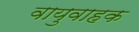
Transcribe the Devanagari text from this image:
वायुवाहक